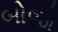
બોજો